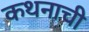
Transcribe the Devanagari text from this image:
कथनाची